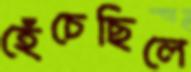
হেঁচেছিলে